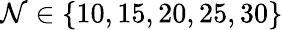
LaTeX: \mathcal{N}\in\{ 10,15,20,25,30\}